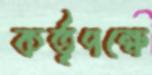
কর্তৃপক্ষে